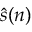
{ \hat { s } } ( n )